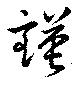
謹